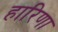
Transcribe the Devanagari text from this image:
हारिणा